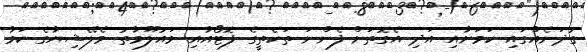
ގުދަނެއްގައި ކަމަށާއި އަދި އެގޮތަށް ފެންނަ ތަކެތީގެ ފޮޓޯއާއި މައުލޫމާތު މެލޭޝިޔާގެ ކަމާ